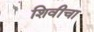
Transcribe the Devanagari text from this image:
शिवीचा